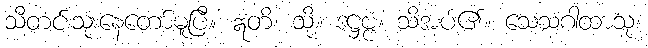
သီတင်းသုံးနေတော်မူပြီ။ ဣတိ၊ သို့။ ဒဋ္ဌဗ္ဗံ၊ သိအပ်၏။ သေသဂါထာသု၊